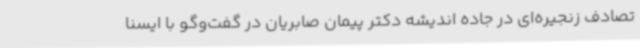
تصادف زنجیره‌ای در جاده اندیشه دکتر پیمان صابریان در گفت‌وگو با ایسنا